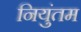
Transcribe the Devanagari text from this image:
नियुंतम